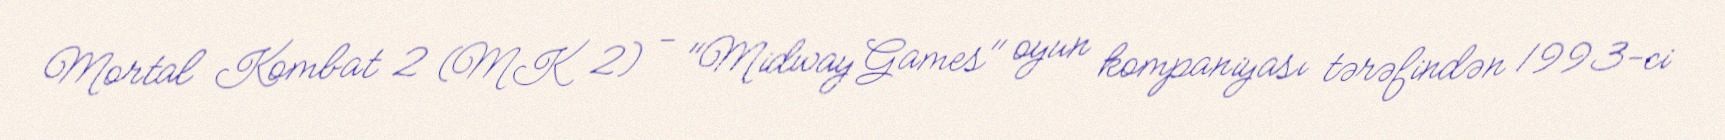
Mortal Kombat 2 (MK 2) - "Midway Games" oyun kompaniyası tərəfindən 1993-ci